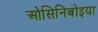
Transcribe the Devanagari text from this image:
ओसिनिबोइया